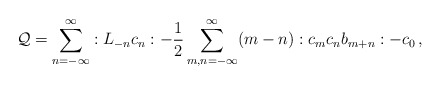
\begin{align*}{\cal Q}=\sum_{n=-\infty}^{\infty}:L_{-n}c_n:-\frac{1}{2}\sum_{m,n=-\infty}^{\infty}(m-n):c_mc_nb_{m+n}:-c_0\, ,\end{align*}